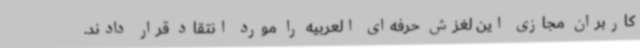
کاربران مجازی این لغزش حرفه‌ای العربیه را مورد انتقاد قرار دادند.